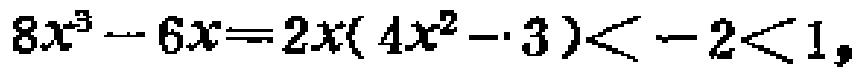
\(8x^{3}-6x = 2x(4x^{2}-3)<-2<1\)